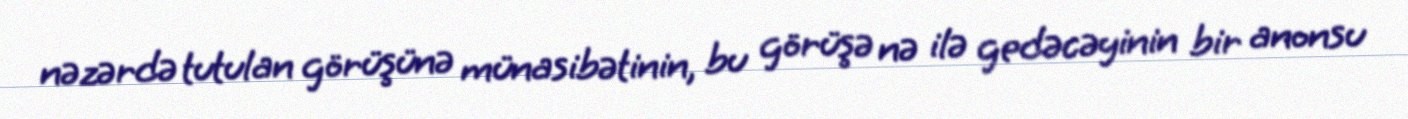
nəzərdə tutulan görüşünə münasibətinin, bu görüşə nə ilə gedəcəyinin bir anonsu